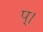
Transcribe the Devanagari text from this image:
प्।